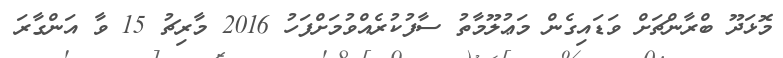
މޮޅަދޫ ބްރާންޗަށް ވަޑައިގެން މަޢުލޫމާތު ސާފުކުރެއްވުމަށްފަހު 2016 މާރިޗު 15 ވާ އަންގާރަ